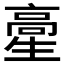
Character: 𩫍